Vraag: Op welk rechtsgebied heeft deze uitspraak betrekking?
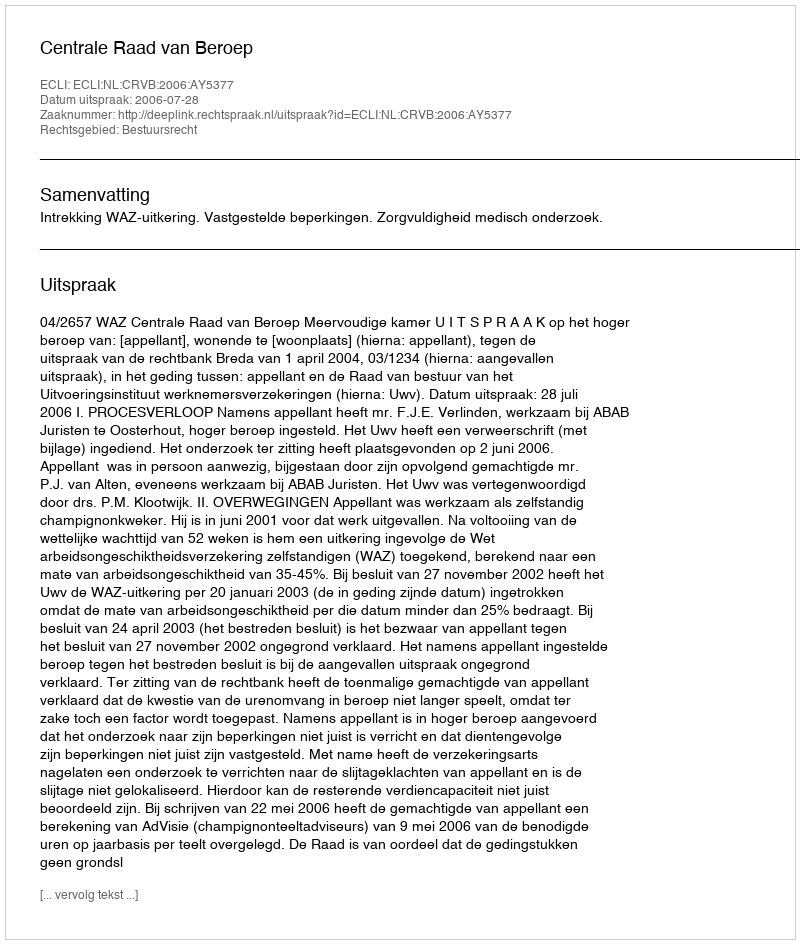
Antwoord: Bestuursrecht